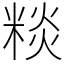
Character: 䊏